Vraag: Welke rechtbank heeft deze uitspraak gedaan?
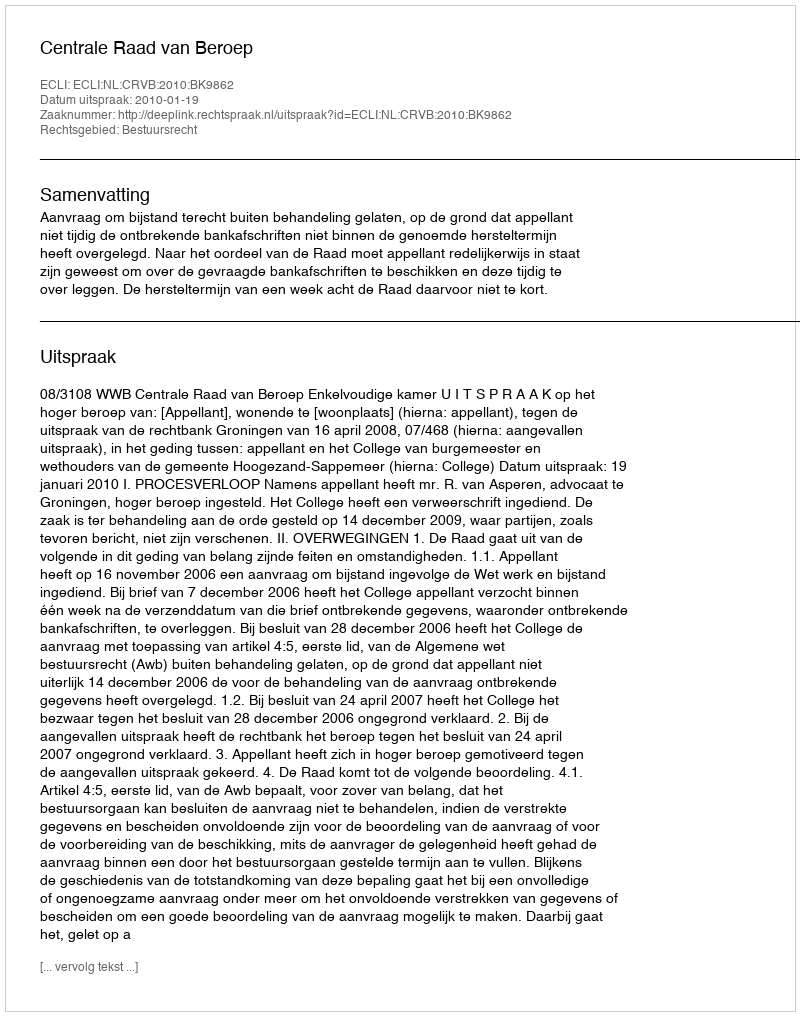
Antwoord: Centrale Raad van Beroep